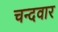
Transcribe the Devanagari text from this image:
चन्दवार